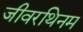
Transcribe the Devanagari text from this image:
जीवरथिनम